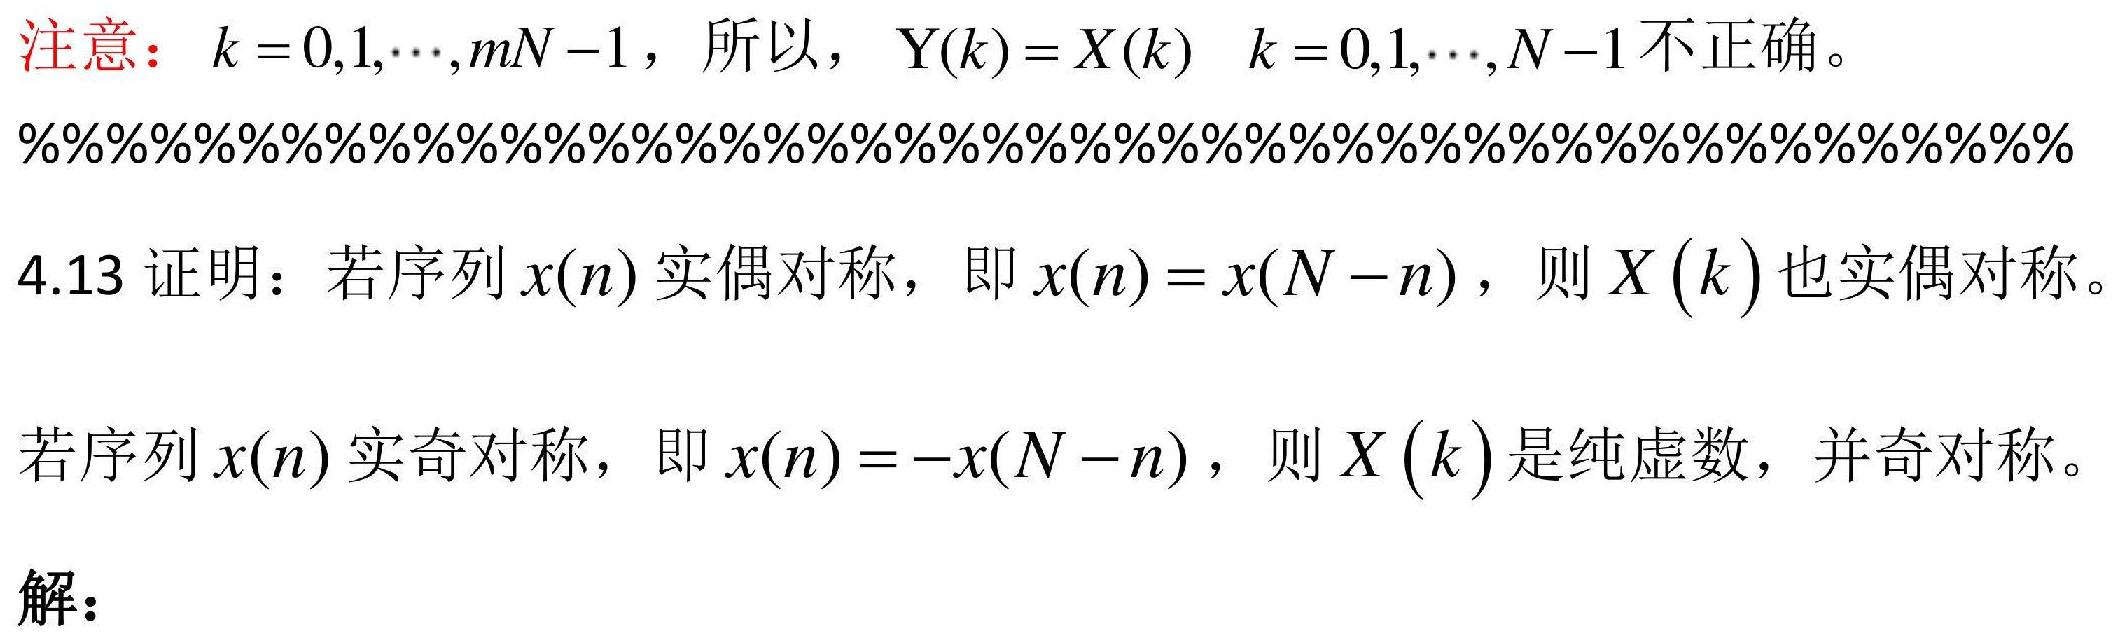
注意：$k = 0,1,\cdots,mN - 1$，所以，$\mathrm{Y}(k)=X(k)\ \ k = 0,1,\cdots,N - 1$不正确。

%%%%%%%%%%%%%%%%%%%%%%%%%%%%%%%

4.13 证明：若序列$x(n)$实偶对称，即$x(n)=x(N - n)$，则$X(k)$也实偶对称。

若序列$x(n)$实奇对称，即$x(n)=-x(N - n)$，则$X(k)$是纯虚数，并奇对称。

解：